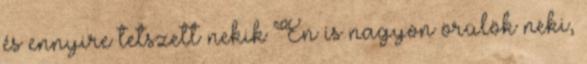
és ennyire tetszett nekik Én is nagyon örülök neki,